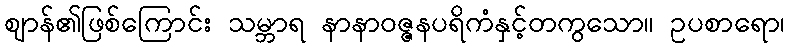
ဈာန်၏ဖြစ်ကြောင်း သမ္ဘာရ နာနာဝဇ္ဇနပရိကံနှင့်တကွသော။ ဥပစာရော၊